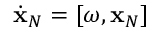
\dot { \bf x } _ { N } = [ \boldsymbol { \omega } , { \bf x } _ { N } ]